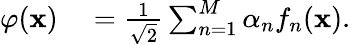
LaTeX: \begin{array}{rl}{\varphi(\mathbf{x})}&{{}=\frac{1}{\sqrt{2}}\sum_{n=1}^{M}\alpha_{n}f_{n}(\mathbf{x}).}\end{array}